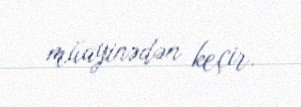
müayinədən keçir.